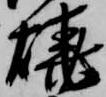
焼